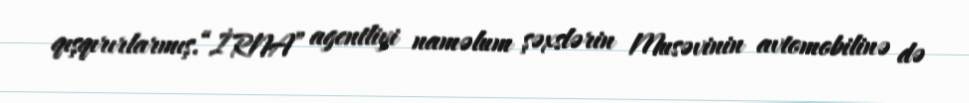
qışqırırlarmış.“İRNA” agentliyi naməlum şəxslərin Musəvinin avtomobilinə də